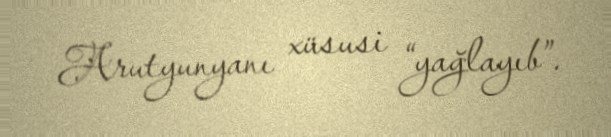
Arutyunyanı xüsusi “yağlayıb”.